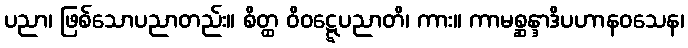
ပညာ၊ ဖြစ်သောပညာတည်း။ စိတ္ထ ဝိဝဋ္ဋေပညာတိ၊ ကား။ ကာမစ္ဆန္ဒာဒိပဟာနဝသေန၊